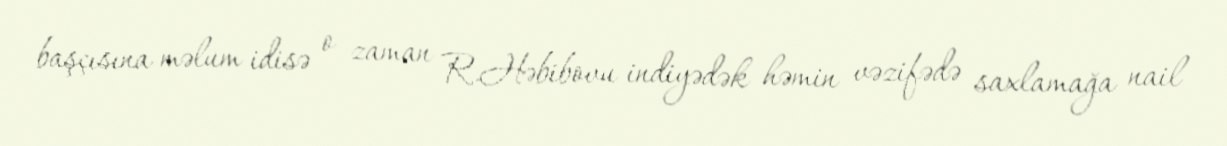
başçısına məlum idisə o zaman R.Həbibovu indiyədək həmin vəzifədə saxlamağa nail